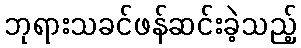
ဘုရားသခင်ဖန်ဆင်းခဲ့သည့်